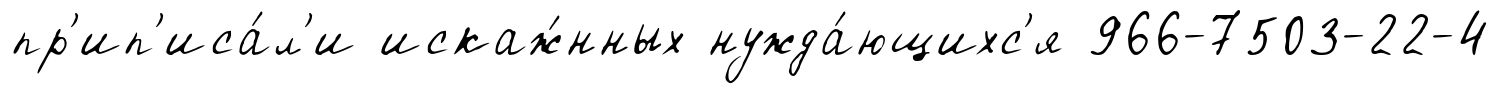
пр'ип'иса́л'и искаж́нных нужда́ющихс'я 966-7503-22-4